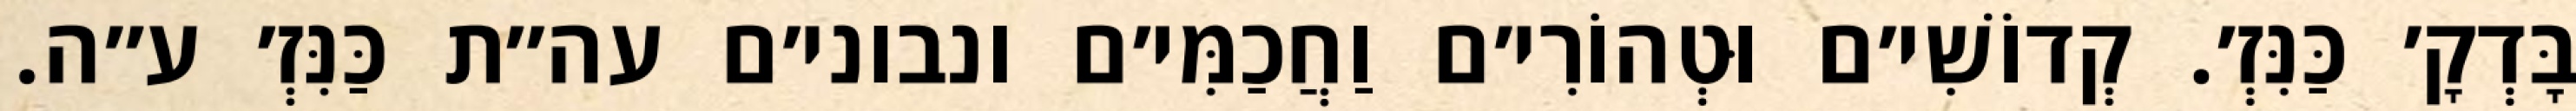
בָּדְקָ׳ כַּנִּזְ׳. קְדוֹשִׁי׳ם וּטְהוֹרִי׳ם וַחֲכַמִּי׳ם ונבוני׳ם עה״ת כַּנִּזְ׳ ע״ה.